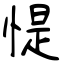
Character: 惿